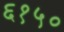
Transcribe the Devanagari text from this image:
६१५०